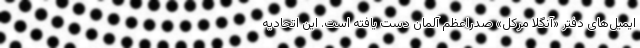
ایمیل‌های دفتر «آنگلا مرکل» صدراعظم آلمان دست یافته است. این اتحادیه